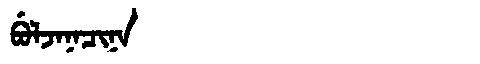
Manchu: ᠪᡠᠯᠵᠠᠨᠠᠴᡳᠨᠠ
Romanization: BULJANACINA